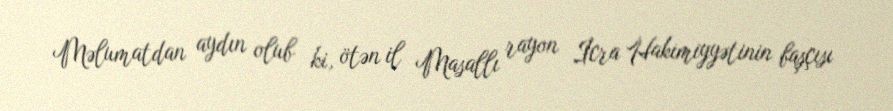
Məlumatdan aydın olub ki, ötən il Masallı rayon İcra Hakimiyyətinin başçısı